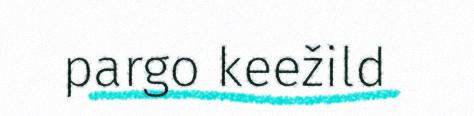
pargo keežild